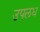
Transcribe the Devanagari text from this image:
उपलध